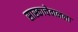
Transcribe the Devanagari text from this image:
सास्काचेवानला